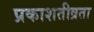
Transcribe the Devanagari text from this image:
प्रकाशतीव्रता